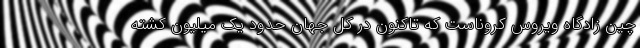
چین زادگاه ویروس کروناست که تاکنون در کل جهان حدود یک میلیون کشته